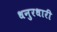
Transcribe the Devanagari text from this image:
धनुरधारी